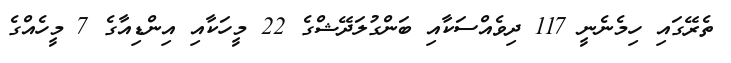
ތެރޭގައި ހިމެނެނީ 117 ދިވެއްސަކާއި ބަންގުލަދޭޝްގެ 22 މީހަކާއި އިންޑިއާގެ 7 މީހެއްގެ